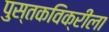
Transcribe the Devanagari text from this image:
पुस्तकविक्रीला